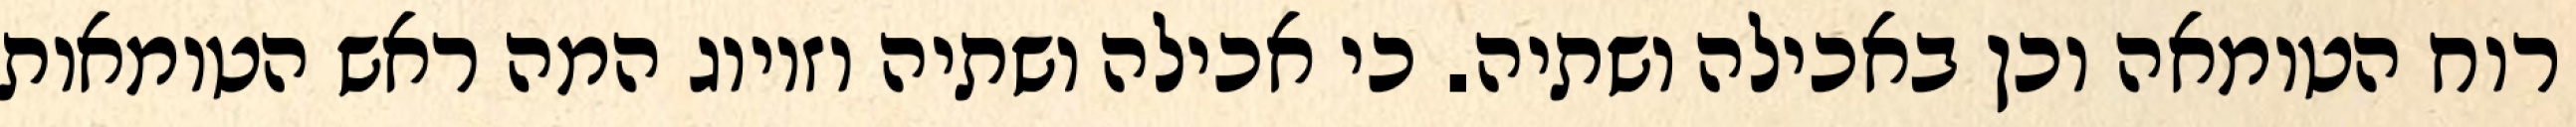
רוח הטומאה וכן באכילה ושתיה. כי אכילה ושתיה וזיווג המה ראש הטומאות